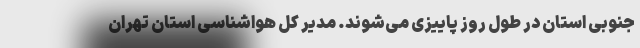
جنوبی استان در طول روز پاییزی می‌شوند. مدیر کل هواشناسی استان تهران